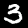
Digit: 3